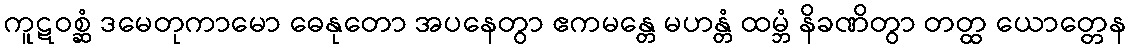
ကူဋဝစ္ဆံ ဒမေတုကာမော ဓေနုတော အပနေတွာ ဧကမန္တေ မဟန္တံ ထမ္ဘံ နိခဏိတွာ တတ္ထ ယောတ္တေန